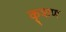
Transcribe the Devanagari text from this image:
कृशण